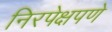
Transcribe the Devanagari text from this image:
निरपेक्षपणे